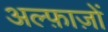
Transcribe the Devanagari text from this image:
अल्फ़ाज़ों